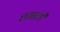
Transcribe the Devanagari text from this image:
शमाली